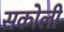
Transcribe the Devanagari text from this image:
सकोली